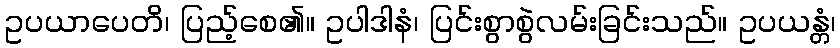
ဥပယာပေတိ၊ ပြည့်စေ၏။ ဥပါဒါနံ၊ ပြင်းစွာစွဲလမ်းခြင်းသည်။ ဥပယန္တံ၊